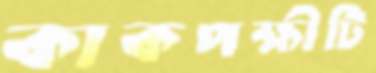
কাকপক্ষীটি